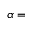
\alpha =